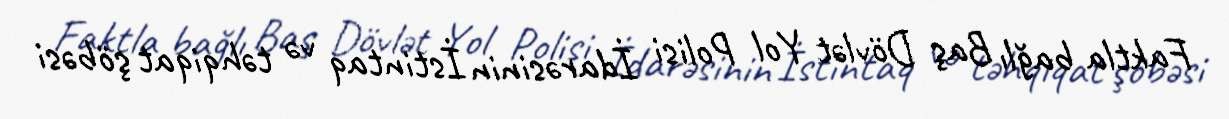
Faktla bağlı Baş Dövlət Yol Polisi İdarəsinin İstintaq və təhqiqat şöbəsi